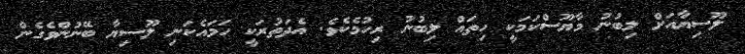
ލޫސިޔާއަށް ލިބުނު މާޔޫސްކަމަކީ ހިތައް ލިބުނު ރިހުމެކެވެ. އެދަތުރަކީ ހަމައެކަނި ލޫސިޔާ ބޭނުންވެގެން